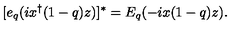
[ e _ { q } ( i x ^ { \dagger } ( 1 - q ) z ) ] ^ { * } = E _ { q } ( - i x ( 1 - q ) z ) .